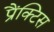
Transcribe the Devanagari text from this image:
प्रैंक्टिस